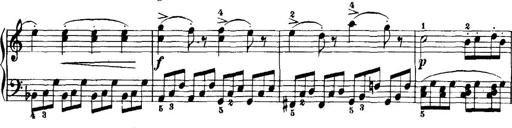
Title: 7 Sonatinas
Composer: Anton Diabelli